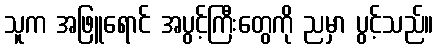
သူက အဖြူရောင် အပွင့်ကြီးတွေကို ညမှာ ပွင့်သည်။